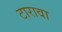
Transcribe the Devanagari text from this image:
टारावा